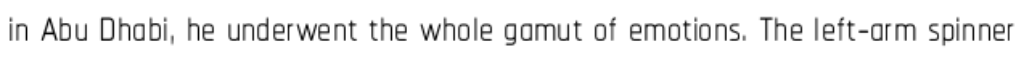
in Abu Dhabi, he underwent the whole gamut of emotions. The left-arm spinner